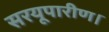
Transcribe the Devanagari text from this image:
सरयूपारीण।